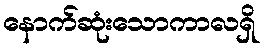
နောက်ဆုံးသောကာလရှိ